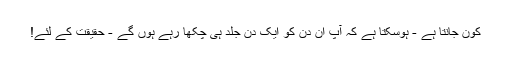
کون جانتا ہے - ہوسکتا ہے کہ آپ ان دن کو ایک دن جلد ہی چکھا رہے ہوں گے - حقیقت کے لئے!